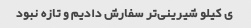
ی کیلو شیرینی‌تر سفارش دادیم و تازه نبود